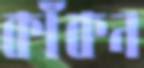
কাঁকন